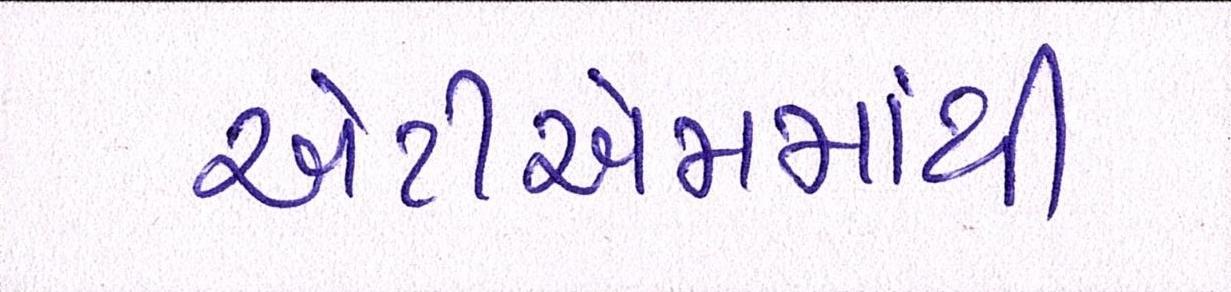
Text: એટીએમમાંથી